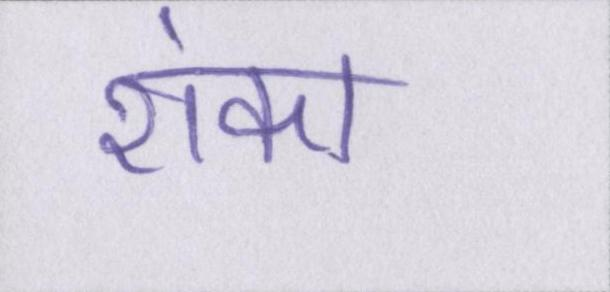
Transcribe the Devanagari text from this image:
शंका